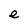
Character: e